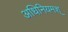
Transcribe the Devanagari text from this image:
अधिनियमश्